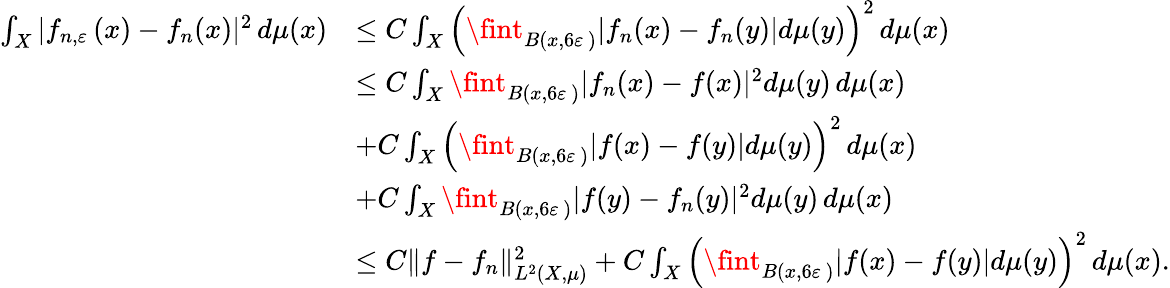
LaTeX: \begin{array}{rl}{\int_{X}|f_{n,{\varepsilon}\, }(x)-f_{n}(x)|^{2}\, d\mu(x)}&{\le C\int_{X}\left(\fint_{B(x,6{\varepsilon}\, )}|f_{n}(x)-f_{n}(y)|d\mu(y)\right)^{2}\, d\mu(x)}\\ &{\leq C\int_{X}\fint_{B(x,6{\varepsilon}\, )}|f_{n}(x)-f(x)|^{2}d\mu(y)\, d\mu(x)}\\ &{+C\int_{X}\left(\fint_{B(x,6{\varepsilon}\, )}|f(x)-f(y)|d\mu(y)\right)^{2}\, d\mu(x)}\\ &{+C\int_{X}\fint_{B(x,6{\varepsilon}\, )}|f(y)-f_{n}(y)|^{2}d\mu(y)\, d\mu(x)}\\ &{\le C\| f-f_{n}\| _{L^{2}(X,\mu)}^{2}+C\int_{X}\left(\fint_{B(x,6{\varepsilon}\, )}|f(x)-f(y)|d\mu(y)\right)^{2}\, d\mu(x).}\end{array}